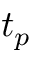
t _ { p }